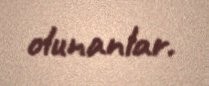
olunanlar.